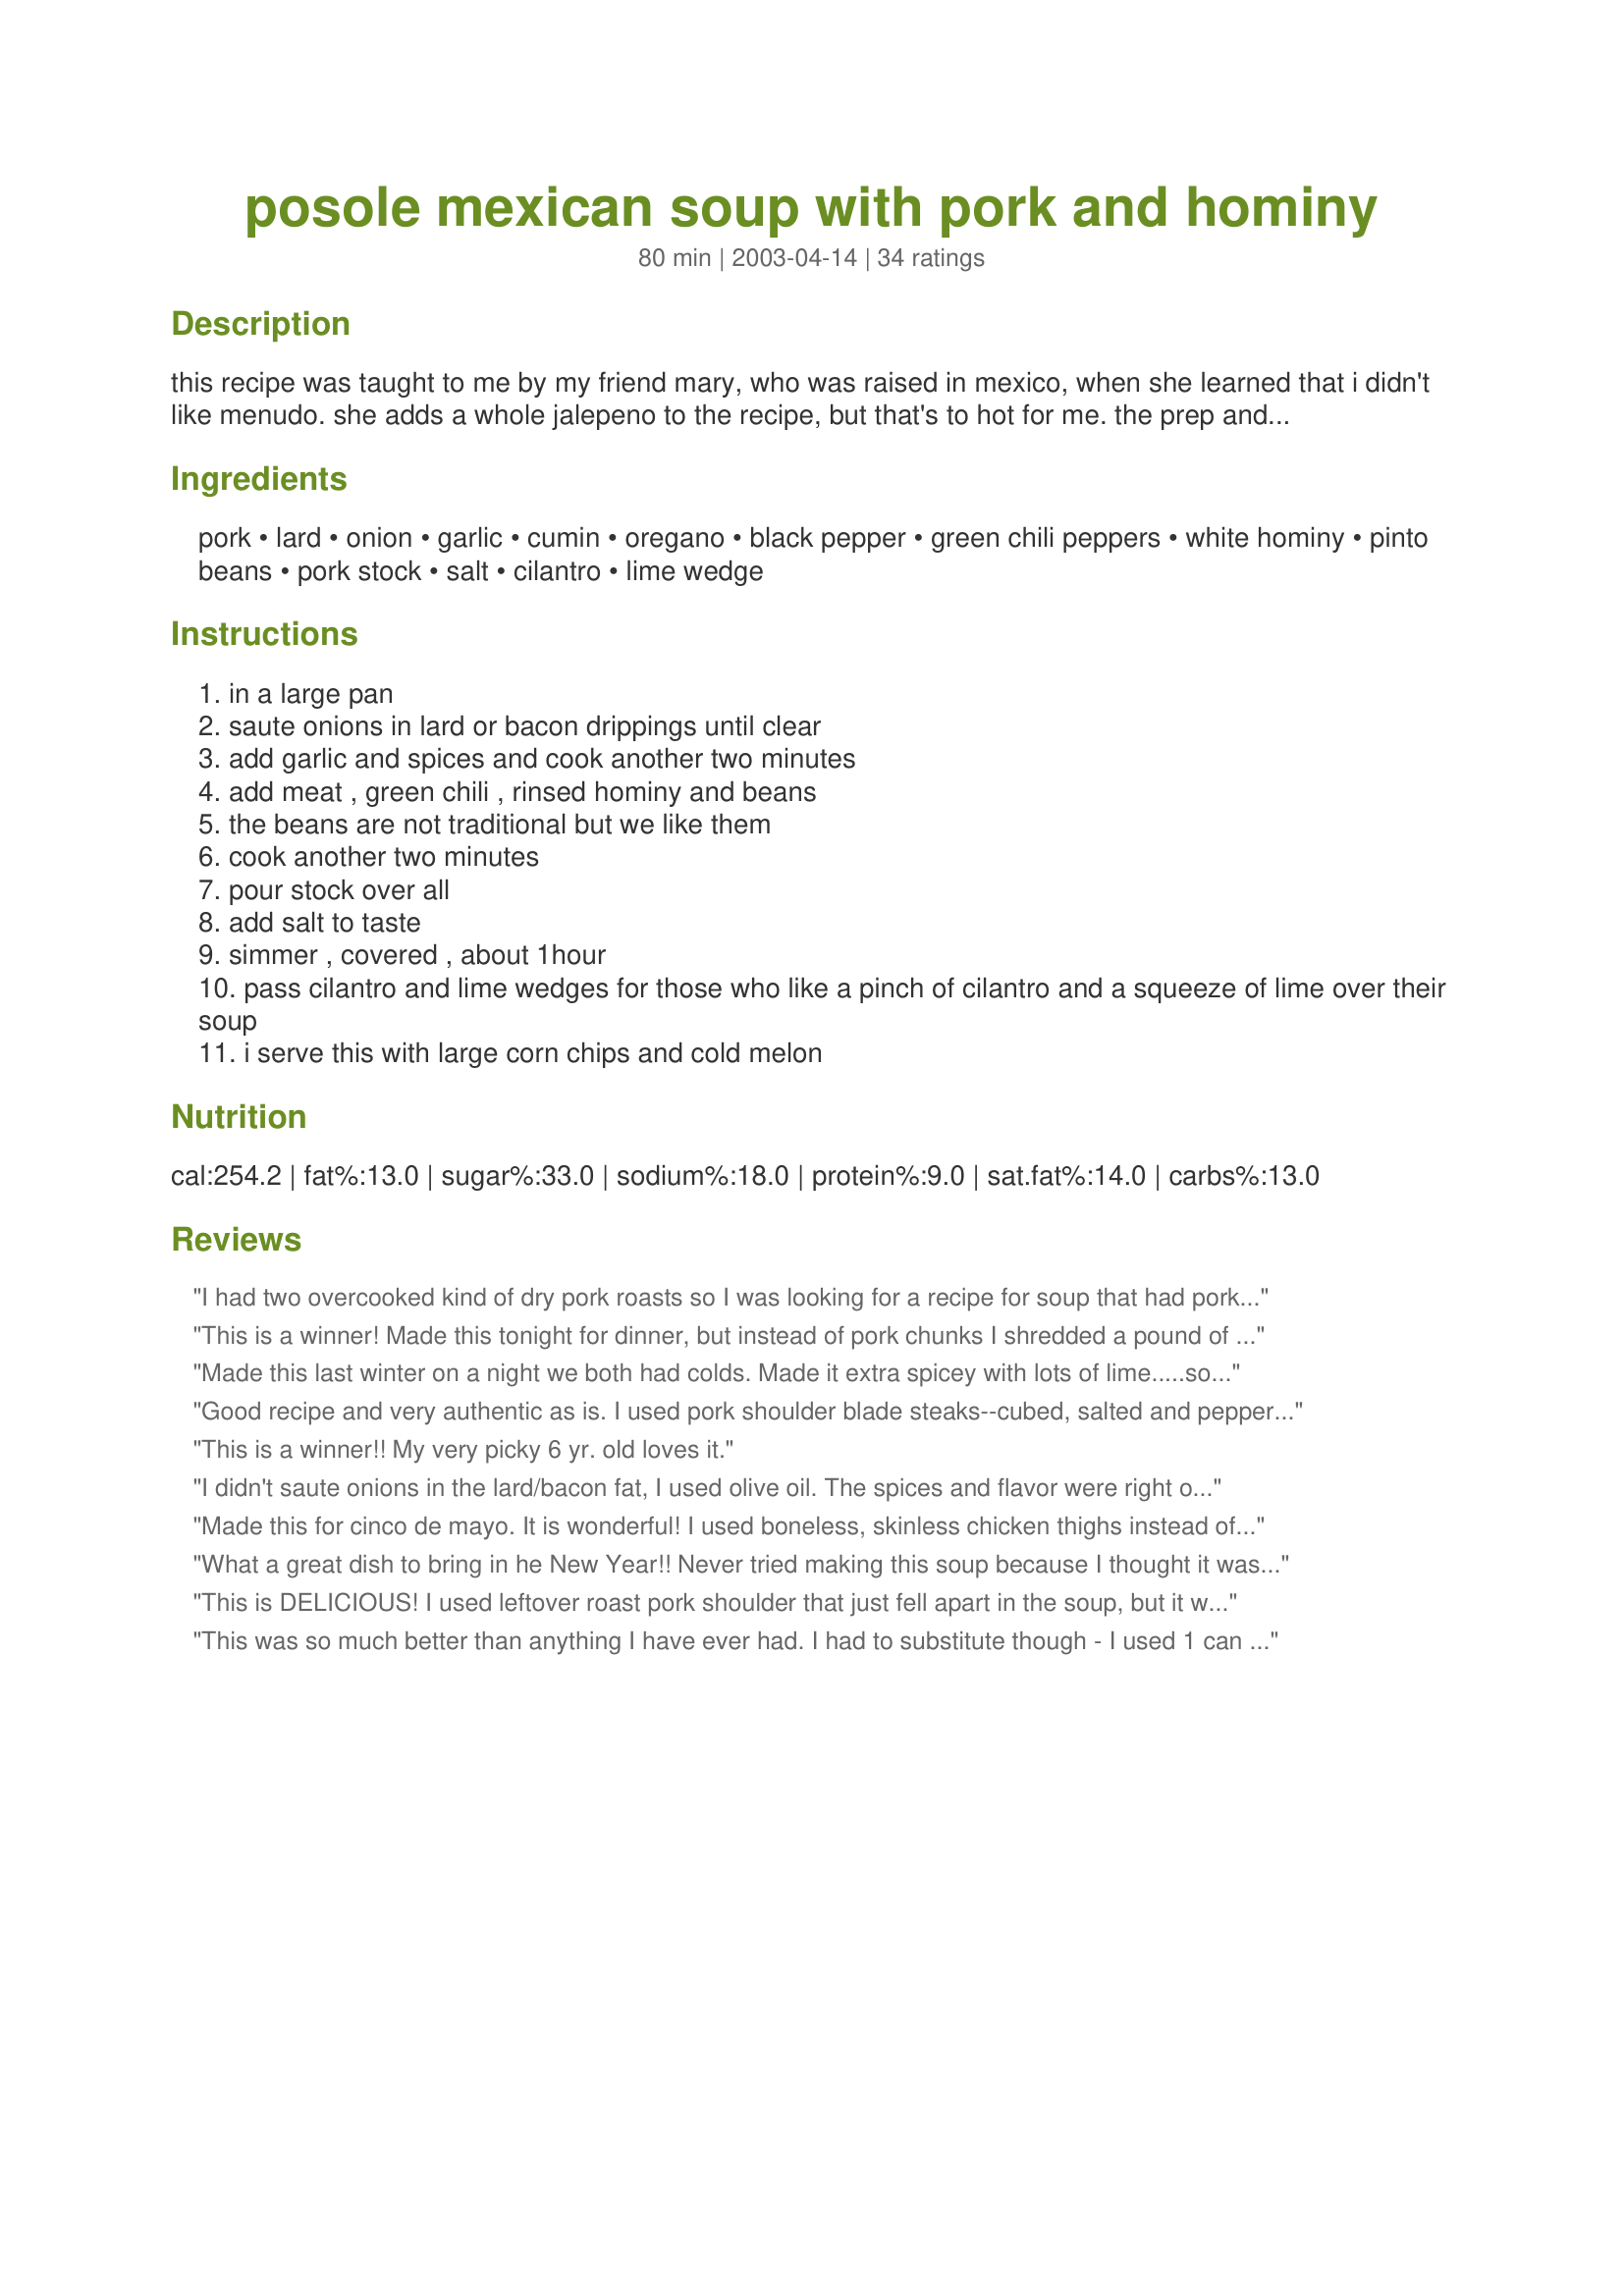
posole mexican soup with pork and hominy
Preparation time: 80 minutes

this recipe was taught to me by my friend mary, who was raised in mexico, when she learned that i didn't like menudo. she adds a whole jalepeno to the recipe, but that's to hot for me. the prep and cook time doesn't include cook time for the pork.

Ingredients:
pork, lard, onion, garlic, cumin, oregano, black pepper, green chili peppers, white hominy, pinto beans, pork stock, salt, cilantro, lime wedge

Steps:
in a large pan
saute onions in lard or bacon drippings until clear
add garlic and spices and cook another two minutes
add meat , green chili , rinsed hominy and beans
the beans are not traditional but we like them
cook another two minutes
pour stock over all
add salt to taste
simmer , covered , about 1hour
pass cilantro and lime wedges for those who like a pinch of cilantro and a squeeze of lime over their soup
i serve this with large corn chips and cold melon

Reviews:
I had two overcooked kind of dry pork roasts so I was looking for a recipe for soup that had pork in it figuring that it would be fine once it was in a soup. It turned out great! I was looking for a recipe that was`nt tomato based so this sounded perfect. I doubled the recipe because I intended to can it. I used a big can each of white and yellow hominy, I cooked my own pinto beans, I cooked the onions in bacon grease like you suggested and followed your recipe exactly, it turned out great and made 6 quarts.Will definitely make again, thanks so much for a great recipe! Vi
This is a winner! Made this tonight for dinner, but instead of pork chunks I shredded a pound of carnitas from a local mexican grocery and minced a couple fresh jalapenos. Garnished it with chopped tomatoes, diced avocado, and some sour cream (mexican crema would be great, too) Just delish-my husband inhaled it.
Made this last winter on a night we both had colds. Made it extra spicey with lots of lime.....soooo good. So many yummy flavors, I especially love the hominy and beans in it!
Good recipe and very authentic as is. I used pork shoulder blade steaks--cubed, salted and peppered, then browned to a crusty sear which left a good bit of residue that I deglazed with about a quarter cup beer. I&#039;ve enhanced the overall by adding a teaspoon of tomato paste and allowing it to caramalize for the last two minutes of browning of onion. Also, a bit of brown sauce with broth adds depth. Warning: those enhancements, while adding depth, will alter the authentic Mexican flavor of this recipe. Albeit, for an alteration that retains authenticity I would recommend for any comino inclusive recipe the use of half ground and half whole seed cumin. Those little bursts of flavor provided by the seeds can be amazing--especially with a wonderful recipe like this one. Thank you Dustbunni. &lt;br/&gt;Oh... and I did add heat with cayenne and red pepper flakes.
This is a winner!! My very picky 6 yr. old loves it.
I didn't saute onions in the lard/bacon fat, I used olive oil. The spices and flavor were right on in this recipe. We loved this and will be making again. Thank you!
Made this for cinco de mayo. It is wonderful! I used boneless, skinless chicken thighs instead of pork.
Great flavor and very simple. Next time won't add the beans.
What a great dish to bring in he New Year!! Never tried making this soup because I thought it was way too challenging. This recipe is so easy to follow and my family can't wait until I make it again. I tried it with the 2 jalapeno peppers which added a good little spicy kick to it. When served I sliced some radishes, lemon(slices), and had some "Menudo Mix" which consist of oregano,and peppers combined and of couse chopped cilantro, and onions. Served with warm corn tortillas. So, Dusbunni Thank You for sharing your recipe and Happy New Year:)
This is DELICIOUS! I used leftover roast pork shoulder that just fell apart in the soup, but it was still amazing. Love the flavors.
This was so much better than anything I have ever had. I had to substitute though - I used 1 can of green chili peppers, and 2 heaping tablespoons of Mild Red Chile pepper from Hatch NM. I also used about 1 quart of water and threw in the cooked bacon. The pinto beans were a excellent addition.
Loved this and will make again. I used leftover pork loin and a little less stock than called for. I will also try this with canned chicken. Thanks Dustbunni!
I've made this twice now and have loved it both times, I added two cans of tomatillo's because I've just discovered that I love them this year, so any excuse to use them!It was fantastic and I will be making it again for a crowd of about 20 during a winter painting party, how fun it will be with some fresh tortillas and possibly some flan?? Hmmmm
Delicious! Made in crock pot and it turned out mighty fine.
My wife and I loved this recipe! Slight variations I made were to saute three slices of chopped bacon in a tablespoon of olive oil, instead of using straight lard or bacon fat, and then added the onions. I also added a can of kidney beans (along with the pinto beans) for some additional color. Of course, I had to spice it up with a roasted jalapeno, chopped. A healthy squeeze of lime finishes this off perfectly! I expect to make this dish quite often and share it with our friends.
This was really good. I didn't have any jalapenos but would add them next time. I did add beans and less stock so it's less soupy. Used leftover pork roast from Mexican Pork Roast &/or Carnitas #423524) and really enjoyed it. Thanks!
I have never liked leftover pork especial the leaner cuts so most often lots went to waste. I used leftover loin roast studded with garlic. Instead of the canned green chilies, I only have roasted hatch chilies. I did add the optional beans, but these were charro beans straight from the can. Despite these alterations, the soup turned out very well. This is a very flexible and creative way to use leftover pork.
Great and very fullfilling, thanks!
This was so delicious! The whole family loved it and was commented as being one of the best meals! :)
I had this soup in one of the local Mexican restaurants and decided to re-create it at home. It turned out a little too bland. Will not make it again.
This soup is GREAT! I didn't add the Jalapeno the first time but I think I will ad some next time. Thanks for posting it!
Eliminated beans as its not traditional. Added more hominy to offset bean content, didn't rinse them just drained. Figured not adding salt was about the same. Overall great dish. Will do again.
Very good! I used chicken breast instead of pork and roasted red and green chiles and jalapenos from the garden. Don't forget the lime. This soup is superb!
This was the best! I used olive oil instead of lard, only 1 can of chilies, and i cup of diced ham for simplicity's sake. This is the second time I've made it and it's just great.
Great use for the left over pernil I had. Loved the spiciness of it. Added 2-3 T. of salsa verde I had left in the frig. YUM.
Made this tonight and followed the recipe exactly. I used a 5 lb pork shoulder roast that I cooked for 3 hours in the oven. That made about 4 cups of meat. It was delicious and its my first time making posole. There was a storm today and the house smelled so good, warm and comforting. By the way, added 2 blackened jalapenos. There were no leftovers, not even a teaspoon full. My only concern is how much grease is in the dish. Tried to cut out the fat, but the roast had a lot of fat. There was just no way around the posole having a lot of fat.
I used about 2 cups of cubed pork, one can of hominy and one can of pintos, and one diced jalapeno that I sauteed with the onion.. I only used about a cup or so of broth, I didn't want it to be soup. With the reduced amount of broth I didn't cook for the hour called for, probably more like 25 minutes. I used all the herbs and spices called for. This was really delicious and I would definitely make it again.
Best Posole I have ever had.Thank you for sharing this wonderful recipe.
We all really liked this a lot! I didn't add the beans, but otherwise followed the recipe as written. My husband told me it's a keeper. Thank you for posting it!
I never had posole before, but had a conversation with another Mexican-American about it. Made this soup last night and it was fabulous. Instant winner in my household. Along with the seasonings listed, I added a dash of cayenne and a bit of chili powder. My side additive: fresh diced tomatoes. Wonderful stuff, thanks for the recipe.
Rave reviews all 'round. I, too, was looking for something to use left-over pork roast in. I ended up not using the jalopeno, as I was surprised it had enough "kick" as is. Served with nachos. Thanks Dustbunni!
Great flavor and it freezes well for eating later. I made it with a jalapeno pepper with slits cut in it and added whole. Turned out great with a pleasing amount of heat for most tastes around here.
This was AMAZING! I used left over pork loin, fresh poblanos and added jalapenos. Not spicy at all. Topping it with cilantro, lime and avocado really brought all of the flavors together.
This is one of my favorite recipes, and also one of the easiest! I use leftover pulled pork, so it has more of a smokier flavor than traditional posole. But we love that! I add a can of diced jalapenos for a little more heat.
This is my new favorite soup!!! Muy delicioso! I wanted to try this with leftover pork roast but never got around to cooking the roast beforehand. So, I cut up the roast into bite size pieces and browned it a little first, then continued on with your recipe. I used one can of hot chilis and one can of mild. I left out the jalapeno. After putting it all together I cooked it in my slow cooker for two hours on high and then two hours on low. The pork was very tender and the spices and flavors just melded together so well. I left off the cilantro because I just don't care for it. But next time I make this I may add the jalapeno for just a tad more heat. We sprinkled a bit of shredded monterrey jack cheese on top of the hot soup in our bowls and I served homemade cornbread on the side. Dustbunni thank you so much for sharing this recipe and Muchas Gracias to your friend, Mary. A must try for anyone who loves Mexican or Tex-Mex recipes.
